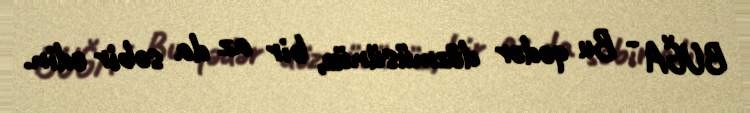
BUĞA - Bu qədər dözmüsünüz, bir az da səbir edin.